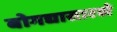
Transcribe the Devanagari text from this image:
बोगद्यासारखे